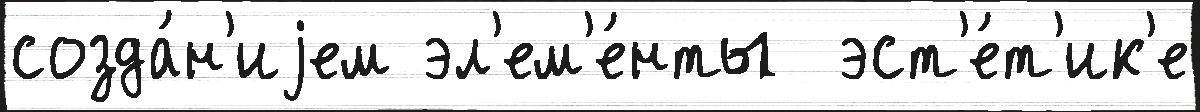
созда́н'иjем эл'ем'е́нты  эст'е́т'ик'е